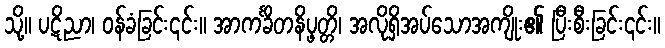
သို့။ ပဋိညာ၊ ဝန်ခံခြင်း၎င်း။ အာကင်္ခိတနိပ္ဖတ္တိ၊ အလိုရှိအပ်သောအကျိုး၏ ပြီးစီးခြင်း၎င်း။